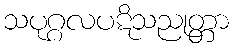
သပုဂ္ဂလပဋိသညုတ္တာ